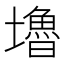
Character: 𡓇